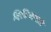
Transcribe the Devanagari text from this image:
व्हिडिओसाठी